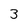
Character: 3